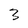
Character: 3